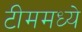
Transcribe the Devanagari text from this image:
टीममध्ये